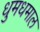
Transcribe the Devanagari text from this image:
धुमधमाल